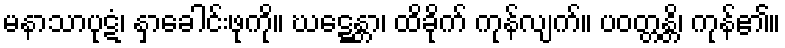
မနာသာပုဋံ၊ နှာခေါင်းဖုကို။ ဃဋ္ဋေန္တာ၊ ထိခိုက် ကုန်လျက်။ ပဝတ္တန္တိ၊ ကုန်၏။